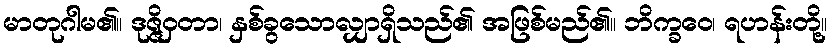
မာတုဂါမ၏။ ဒုဇ္ဇိဝှတာ၊ နှစ်ခွသောလျှာရှိသည်၏ အဖြစ်မည်၏။ ဘိက္ခဝေ၊ ရဟန်းတို့။